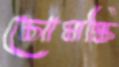
চোমস্কি